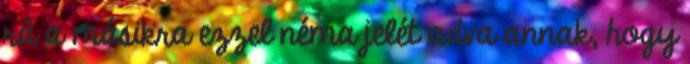
rá a másikra ezzel néma jelét adva annak, hogy